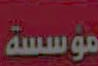
مؤسسة